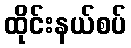
ထိုင်းနယ်စပ်